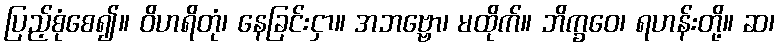
ပြည့်စုံစေ၍။ ဝိဟရိတုံ၊ နေခြင်းငှာ။ အဘဗ္ဗော၊ မထိုက်။ ဘိက္ခဝေ၊ ရဟန်းတို့။ ဆ၊